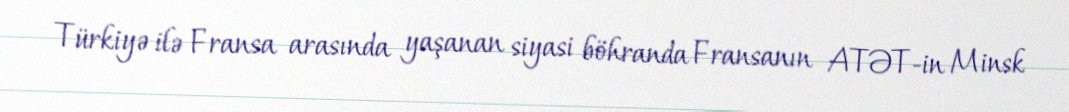
Türkiyə ilə Fransa arasında yaşanan siyasi böhranda Fransanın ATƏT-in Minsk